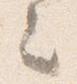
之